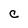
Character: c